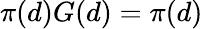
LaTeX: \pi(d)G(d)=\pi(d)